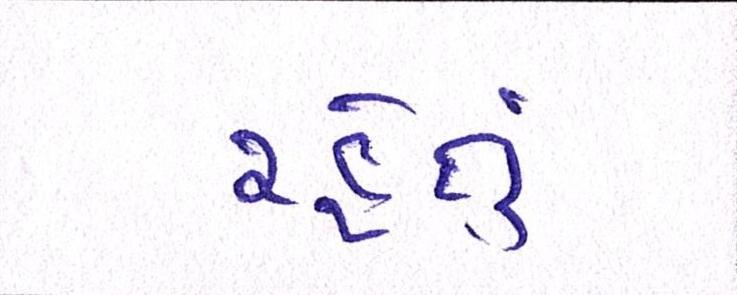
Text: રહેતું